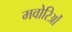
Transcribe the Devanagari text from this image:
मवोरिओं